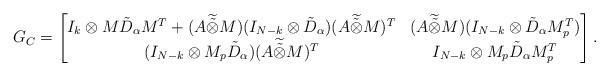
LaTeX: \begin{align*}G_C=\begin{bmatrix}I_k\otimes M\tilde{D}_\alpha M^T+(A\widetilde{\tilde{\otimes}}M)(I_{N-k}\otimes\tilde{D}_\alpha)(A\widetilde{\tilde{\otimes}}M)^T&(A\widetilde{\tilde{\otimes}}M)(I_{N-k}\otimes \tilde{D}_\alpha M_p^T)\\(I_{N-k}\otimes M_p\tilde{D}_\alpha)(A\widetilde{\tilde{\otimes}}M)^T&I_{N-k}\otimes M_p\tilde{D}_\alpha M_p^T\end{bmatrix}.\end{align*}